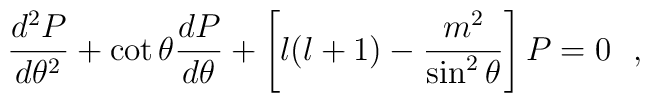
\frac{d^2P}{d\theta^2} + \cot \theta \frac{dP}{d\theta}+\left[l(l+1)-\frac{m^2}{\sin^2 \theta}\right]P = 0~~,